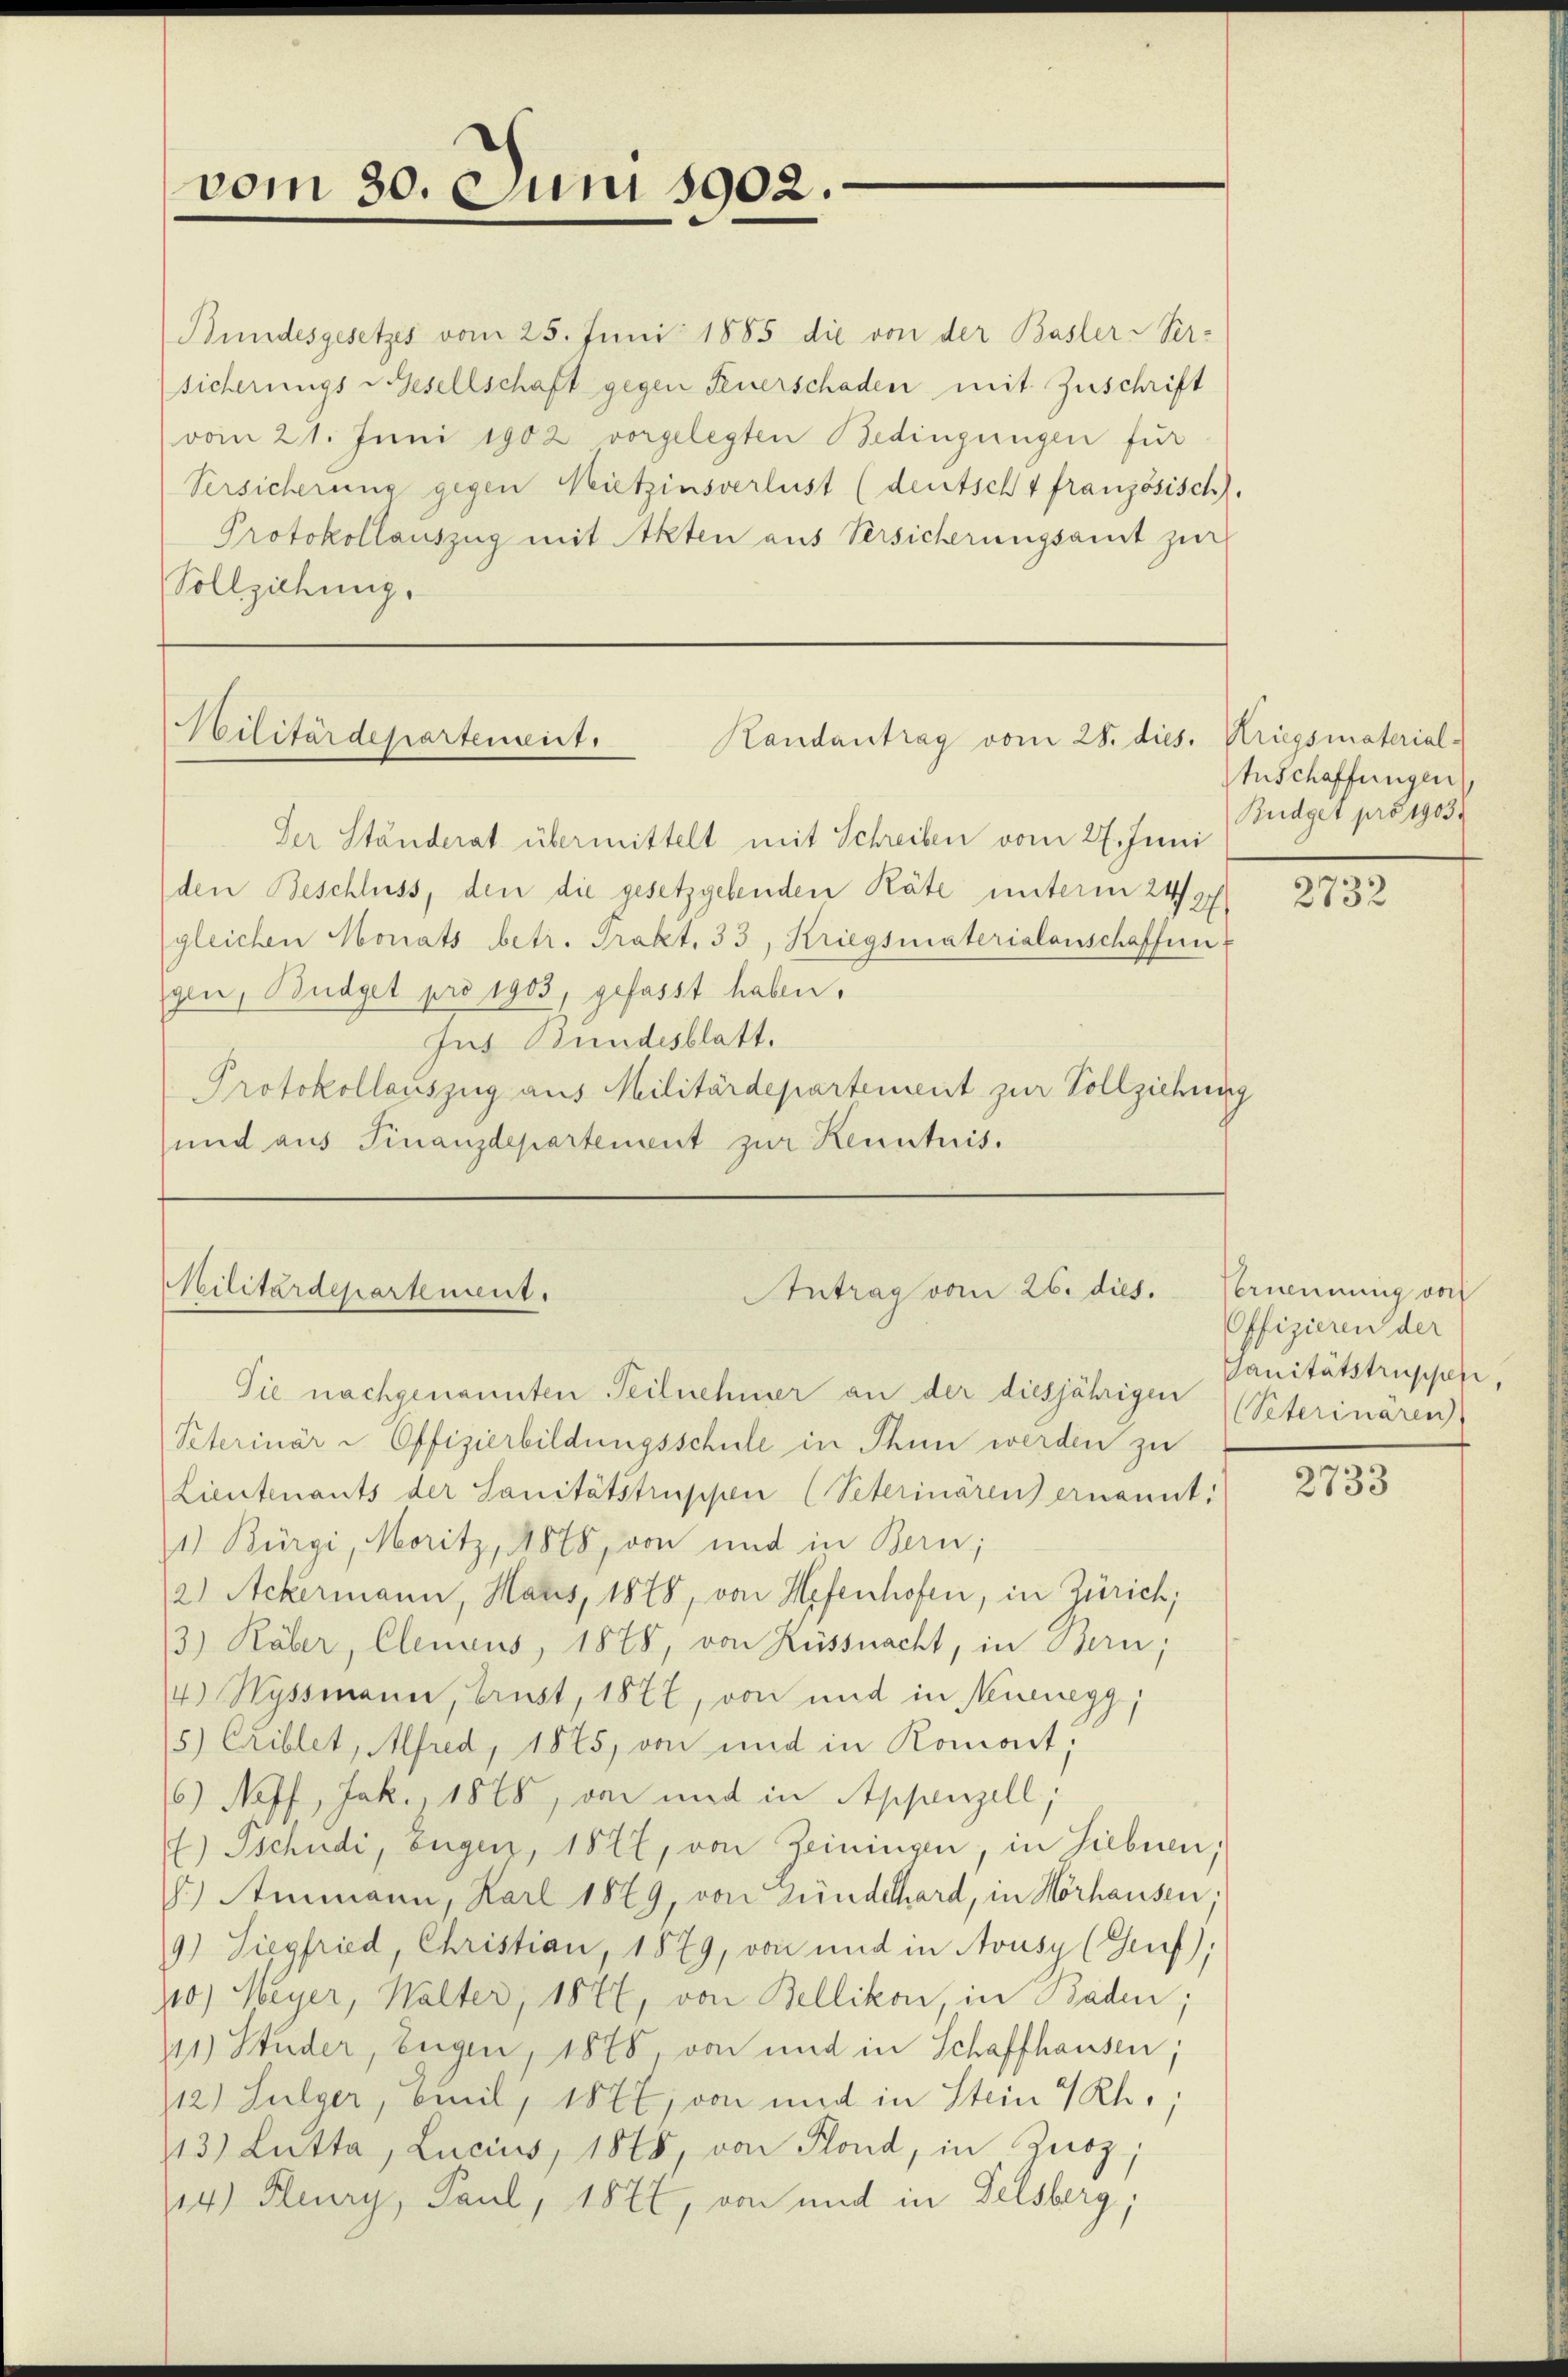
vom 30. Juni 1902.

Bundesgesetzes vom 25. Juni 1885 die von der Basler-Ver-
sicherungs-Gesellschaft gegen Feuerschaden mit Zuschrift
vom 21. Juni 1902 vorgelegten Bedingungen für
Versicherung gegen Nietzinsverlust (deutsch 4 französisch).
Protokollauszug mit Akten aus Versicherungsamt zur
Vollziehung.

Militärdepartement.
Handantrag vom 28. dies.

Militärdepartement.
Antrag vom 26. dies.

Der Ständerat übermittelt mit Schreiben vom 27. Juni
den Beschluss, den die gesetzgebenden Räte unterm 24s
gleichen Monats betr. Trakt. 33, Kriegsmaterialanschaffung
gen, Budget pro 1903, gefasst haben.
Jus Bundesblatt.
Protokollauszug aus Militärdepartement zur Vollziehung
und aus Finanzdepartement zur Kenntnis.

Sie nachgenannten Teilnehmer an der diesjährigen Peterinaren
Peterinär - Offizierbildungsschule in Thun werden zu
Lieutenants der Sanitätstruppen (Seterinären ernannt:
1) Bürgi, Moritz, 1878, von und in Bern;
2) Ackermann, Haus, 1878, von Hefenhofen, in Zürich,
3) Räber, Clenius, 1878, von Küssnacht, in Bern;
4) Wyssmann, Brust, 1877, von und in Neuenegg,
5) Criblet, Alfred, 1875, von und in Romort,
6) Neff, Jak. 1875, von und in Appenzell,
) Tschudi, Eugen, 1877, von Zeiningen, in Siebnen;
.) Ammann, Karl 1879, von Zündelhard, in Horhausen.
9) Siegfried, Christian, 1879, von und in Aousy (Genf),
110) Meyer, Walter, 1872, von Bellikon, in Baden;
11 Studer, Eugen, 1878, von und in Schaffhausen;
12) Sulzer, Emil, 1877, von und in Stein 4 Rh.,
13) Lutta, Lucius, 1848 von Plond, in Zuoz,
114) Keny, Paul, 1872, von und in Felsberg,

Kriegsmaterial-
Anschaffungen,
Budget pro 1903.

2732

Vernennung von
Offizieren der
sanitätstrupperi

2733